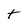
Character: t